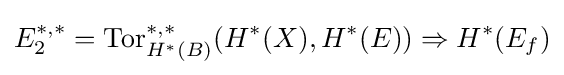
E_{2}^{\ast ,\ast }={\text{Tor}}_{H^{\ast }(B)}^{\ast ,\ast }(H^{\ast }(X),H^{\ast }(E))\Rightarrow H^{\ast }(E_{f})